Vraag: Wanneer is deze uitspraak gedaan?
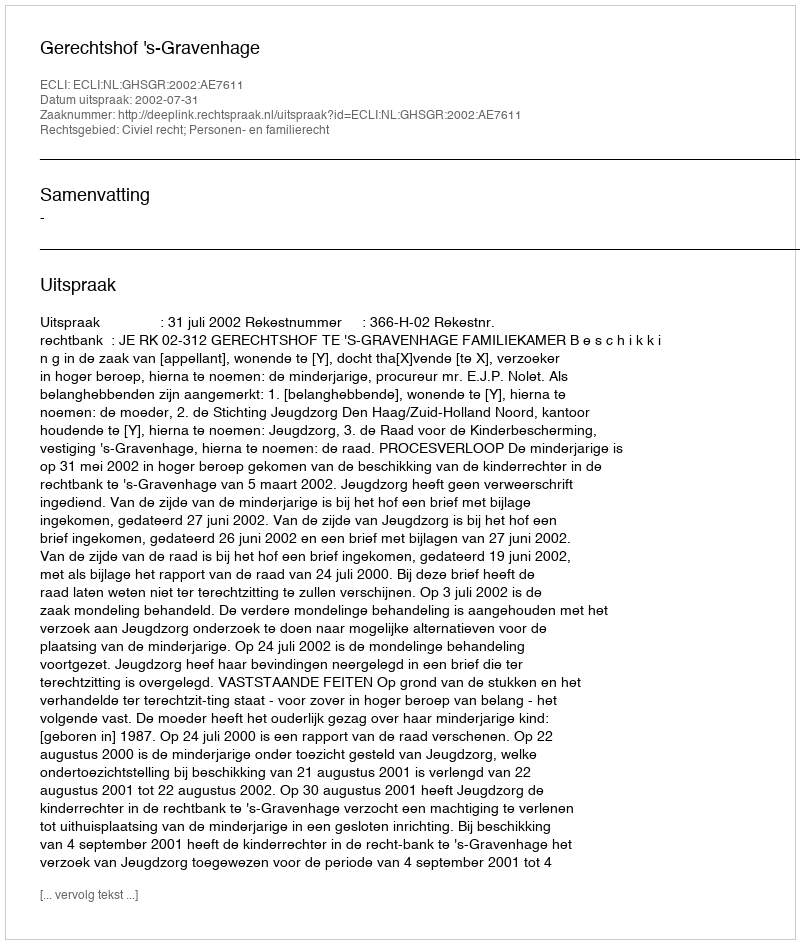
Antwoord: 2002-07-31